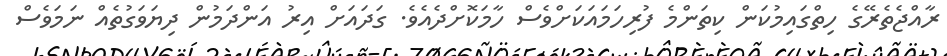
ރާއްޖެތެރޭގެ ހިތްގައިމުކަން ކިތަންމެ ފުރިހަމައަކަށްވެސް ހާމަކޮށްދެއެވެ. ގަދައަށް އިރު އަންދަމުން ދިޔަވަގުތެއް ނަމަވެސް